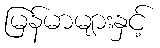
မြန်မာများနှင့်